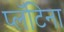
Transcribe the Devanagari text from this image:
प्लॅटिना